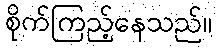
စိုက်ကြည့်နေသည်။